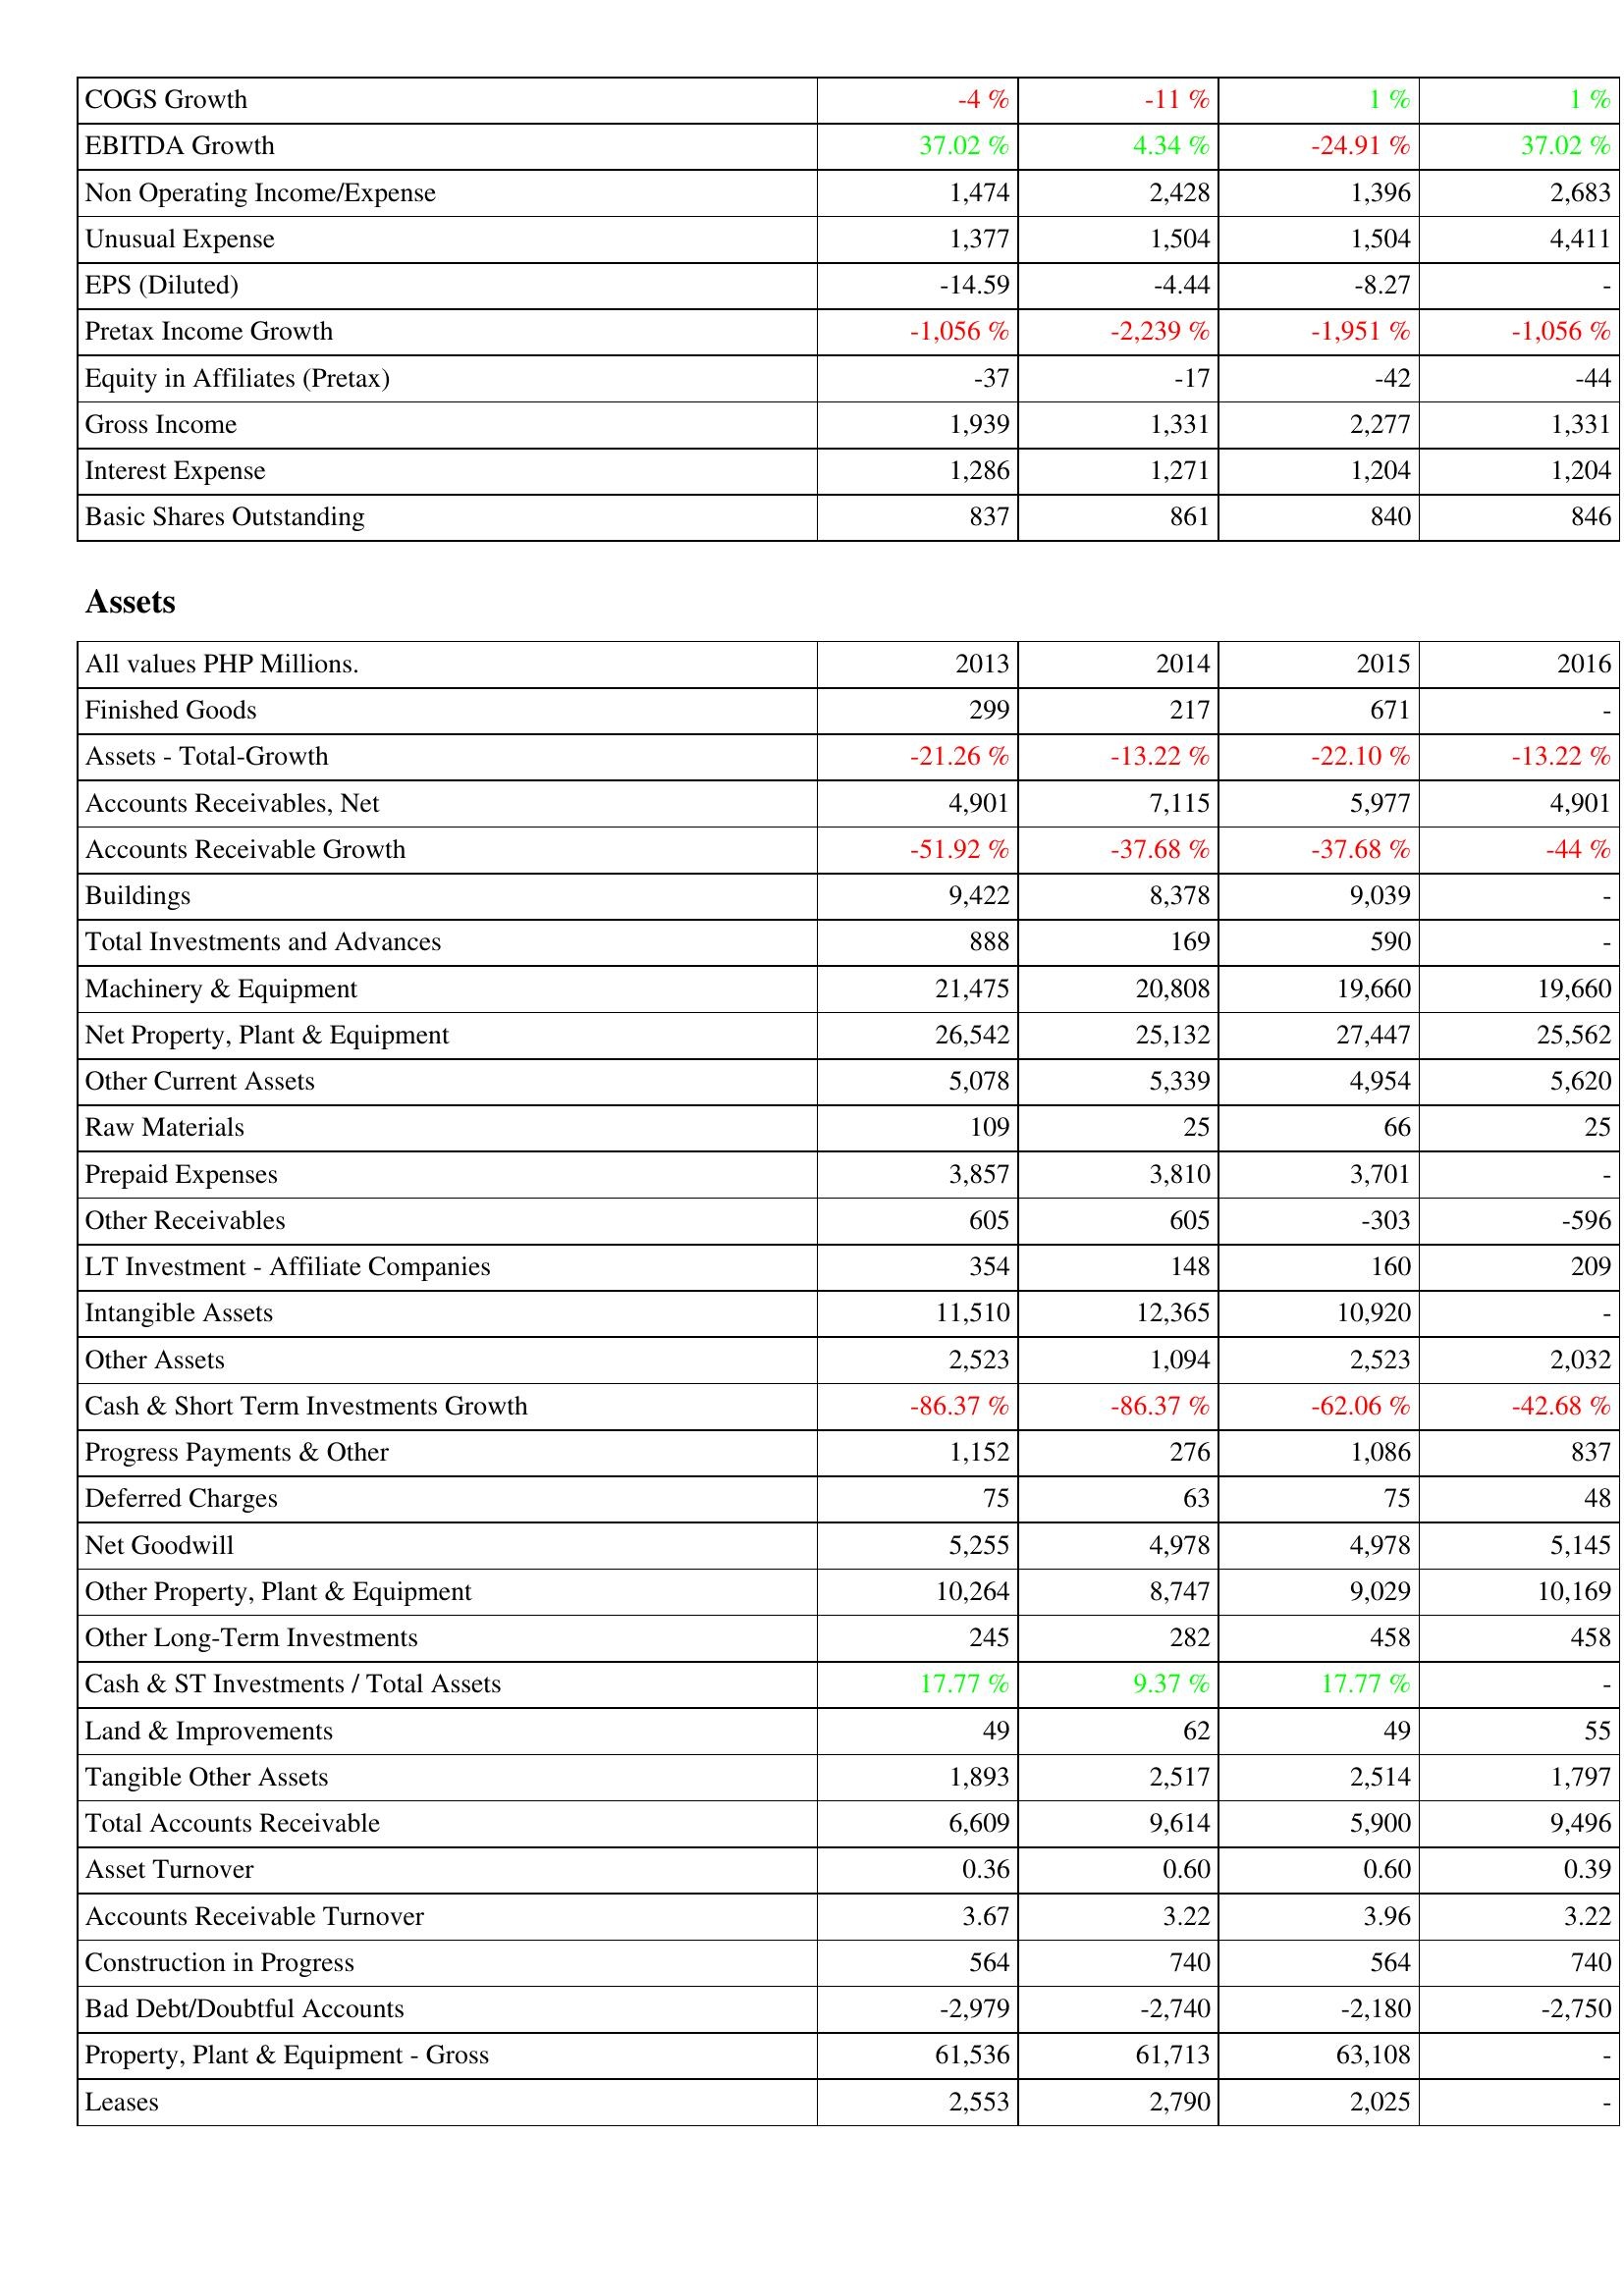
2013: Income Statement: COGS Growth: -4 %
EBITDA Growth: 37.02 %
Non Operating Income/Expense: 1,474
Unusual Expense: 1,377
EPS (Diluted): -14.59
Pretax Income Growth: -1,056 %
Equity in Affiliates (Pretax): -37
Gross Income: 1,939
Interest Expense: 1,286
Basic Shares Outstanding: 837
Assets: Finished Goods: 299
Assets - Total-Growth: -21.26 %
Accounts Receivables, Net: 4,901
Accounts Receivable Growth: -51.92 %
Buildings: 9,422
Total Investments and Advances: 888
Machinery & Equipment: 21,475
Net Property, Plant & Equipment: 26,542
Other Current Assets: 5,078
Raw Materials: 109
Prepaid Expenses: 3,857
Other Receivables: 605
LT Investment - Affiliate Companies: 354
Intangible Assets: 11,510
Other Assets: 2,523
Cash & Short Term Investments Growth: -86.37 %
Progress Payments & Other: 1,152
Deferred Charges: 75
Net Goodwill: 5,255
Other Property, Plant & Equipment: 10,264
Other Long-Term Investments: 245
Cash & ST Investments / Total Assets: 17.77 %
Land & Improvements: 49
Tangible Other Assets: 1,893
Total Accounts Receivable: 6,609
Asset Turnover: 0.36
Accounts Receivable Turnover: 3.67
Construction in Progress: 564
Bad Debt/Doubtful Accounts: -2,979
Property, Plant & Equipment - Gross: 61,536
Leases: 2,553
2014: Income Statement: COGS Growth: -11 %
EBITDA Growth: 4.34 %
Non Operating Income/Expense: 2,428
Unusual Expense: 1,504
EPS (Diluted): -4.44
Pretax Income Growth: -2,239 %
Equity in Affiliates (Pretax): -17
Gross Income: 1,331
Interest Expense: 1,271
Basic Shares Outstanding: 861
Assets: Finished Goods: 217
Assets - Total-Growth: -13.22 %
Accounts Receivables, Net: 7,115
Accounts Receivable Growth: -37.68 %
Buildings: 8,378
Total Investments and Advances: 169
Machinery & Equipment: 20,808
Net Property, Plant & Equipment: 25,132
Other Current Assets: 5,339
Raw Materials: 25
Prepaid Expenses: 3,810
Other Receivables: 605
LT Investment - Affiliate Companies: 148
Intangible Assets: 12,365
Other Assets: 1,094
Cash & Short Term Investments Growth: -86.37 %
Progress Payments & Other: 276
Deferred Charges: 63
Net Goodwill: 4,978
Other Property, Plant & Equipment: 8,747
Other Long-Term Investments: 282
Cash & ST Investments / Total Assets: 9.37 %
Land & Improvements: 62
Tangible Other Assets: 2,517
Total Accounts Receivable: 9,614
Asset Turnover: 0.60
Accounts Receivable Turnover: 3.22
Construction in Progress: 740
Bad Debt/Doubtful Accounts: -2,740
Property, Plant & Equipment - Gross: 61,713
Leases: 2,790
2015: Income Statement: COGS Growth: 1 %
EBITDA Growth: -24.91 %
Non Operating Income/Expense: 1,396
Unusual Expense: 1,504
EPS (Diluted): -8.27
Pretax Income Growth: -1,951 %
Equity in Affiliates (Pretax): -42
Gross Income: 2,277
Interest Expense: 1,204
Basic Shares Outstanding: 840
Assets: Finished Goods: 671
Assets - Total-Growth: -22.10 %
Accounts Receivables, Net: 5,977
Accounts Receivable Growth: -37.68 %
Buildings: 9,039
Total Investments and Advances: 590
Machinery & Equipment: 19,660
Net Property, Plant & Equipment: 27,447
Other Current Assets: 4,954
Raw Materials: 66
Prepaid Expenses: 3,701
Other Receivables: -303
LT Investment - Affiliate Companies: 160
Intangible Assets: 10,920
Other Assets: 2,523
Cash & Short Term Investments Growth: -62.06 %
Progress Payments & Other: 1,086
Deferred Charges: 75
Net Goodwill: 4,978
Other Property, Plant & Equipment: 9,029
Other Long-Term Investments: 458
Cash & ST Investments / Total Assets: 17.77 %
Land & Improvements: 49
Tangible Other Assets: 2,514
Total Accounts Receivable: 5,900
Asset Turnover: 0.60
Accounts Receivable Turnover: 3.96
Construction in Progress: 564
Bad Debt/Doubtful Accounts: -2,180
Property, Plant & Equipment - Gross: 63,108
Leases: 2,025
2016: Income Statement: COGS Growth: 1 %
EBITDA Growth: 37.02 %
Non Operating Income/Expense: 2,683
Unusual Expense: 4,411
EPS (Diluted): -
Pretax Income Growth: -1,056 %
Equity in Affiliates (Pretax): -44
Gross Income: 1,331
Interest Expense: 1,204
Basic Shares Outstanding: 846
Assets: Finished Goods: -
Assets - Total-Growth: -13.22 %
Accounts Receivables, Net: 4,901
Accounts Receivable Growth: -44 %
Buildings: -
Total Investments and Advances: -
Machinery & Equipment: 19,660
Net Property, Plant & Equipment: 25,562
Other Current Assets: 5,620
Raw Materials: 25
Prepaid Expenses: -
Other Receivables: -596
LT Investment - Affiliate Companies: 209
Intangible Assets: -
Other Assets: 2,032
Cash & Short Term Investments Growth: -42.68 %
Progress Payments & Other: 837
Deferred Charges: 48
Net Goodwill: 5,145
Other Property, Plant & Equipment: 10,169
Other Long-Term Investments: 458
Cash & ST Investments / Total Assets: -
Land & Improvements: 55
Tangible Other Assets: 1,797
Total Accounts Receivable: 9,496
Asset Turnover: 0.39
Accounts Receivable Turnover: 3.22
Construction in Progress: 740
Bad Debt/Doubtful Accounts: -2,750
Property, Plant & Equipment - Gross: -
Leases: -